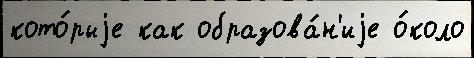
кото́рыjе как образова́н'иjе о́коло